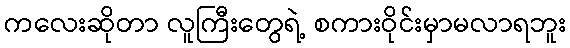
ကလေးဆိုတာ လူကြီးတွေရဲ့ စကားဝိုင်းမှာမလာရဘူး